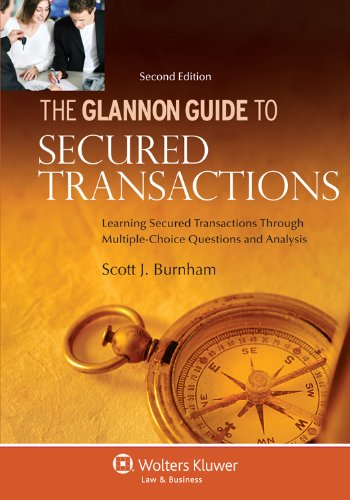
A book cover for The Glannon Guide to Secured Transactions: Learning Secured Transactions Through Multiple-Choice Questions and Analysis, Second Edition; Scott J. Burnham; Law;